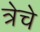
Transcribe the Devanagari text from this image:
त्रेचे